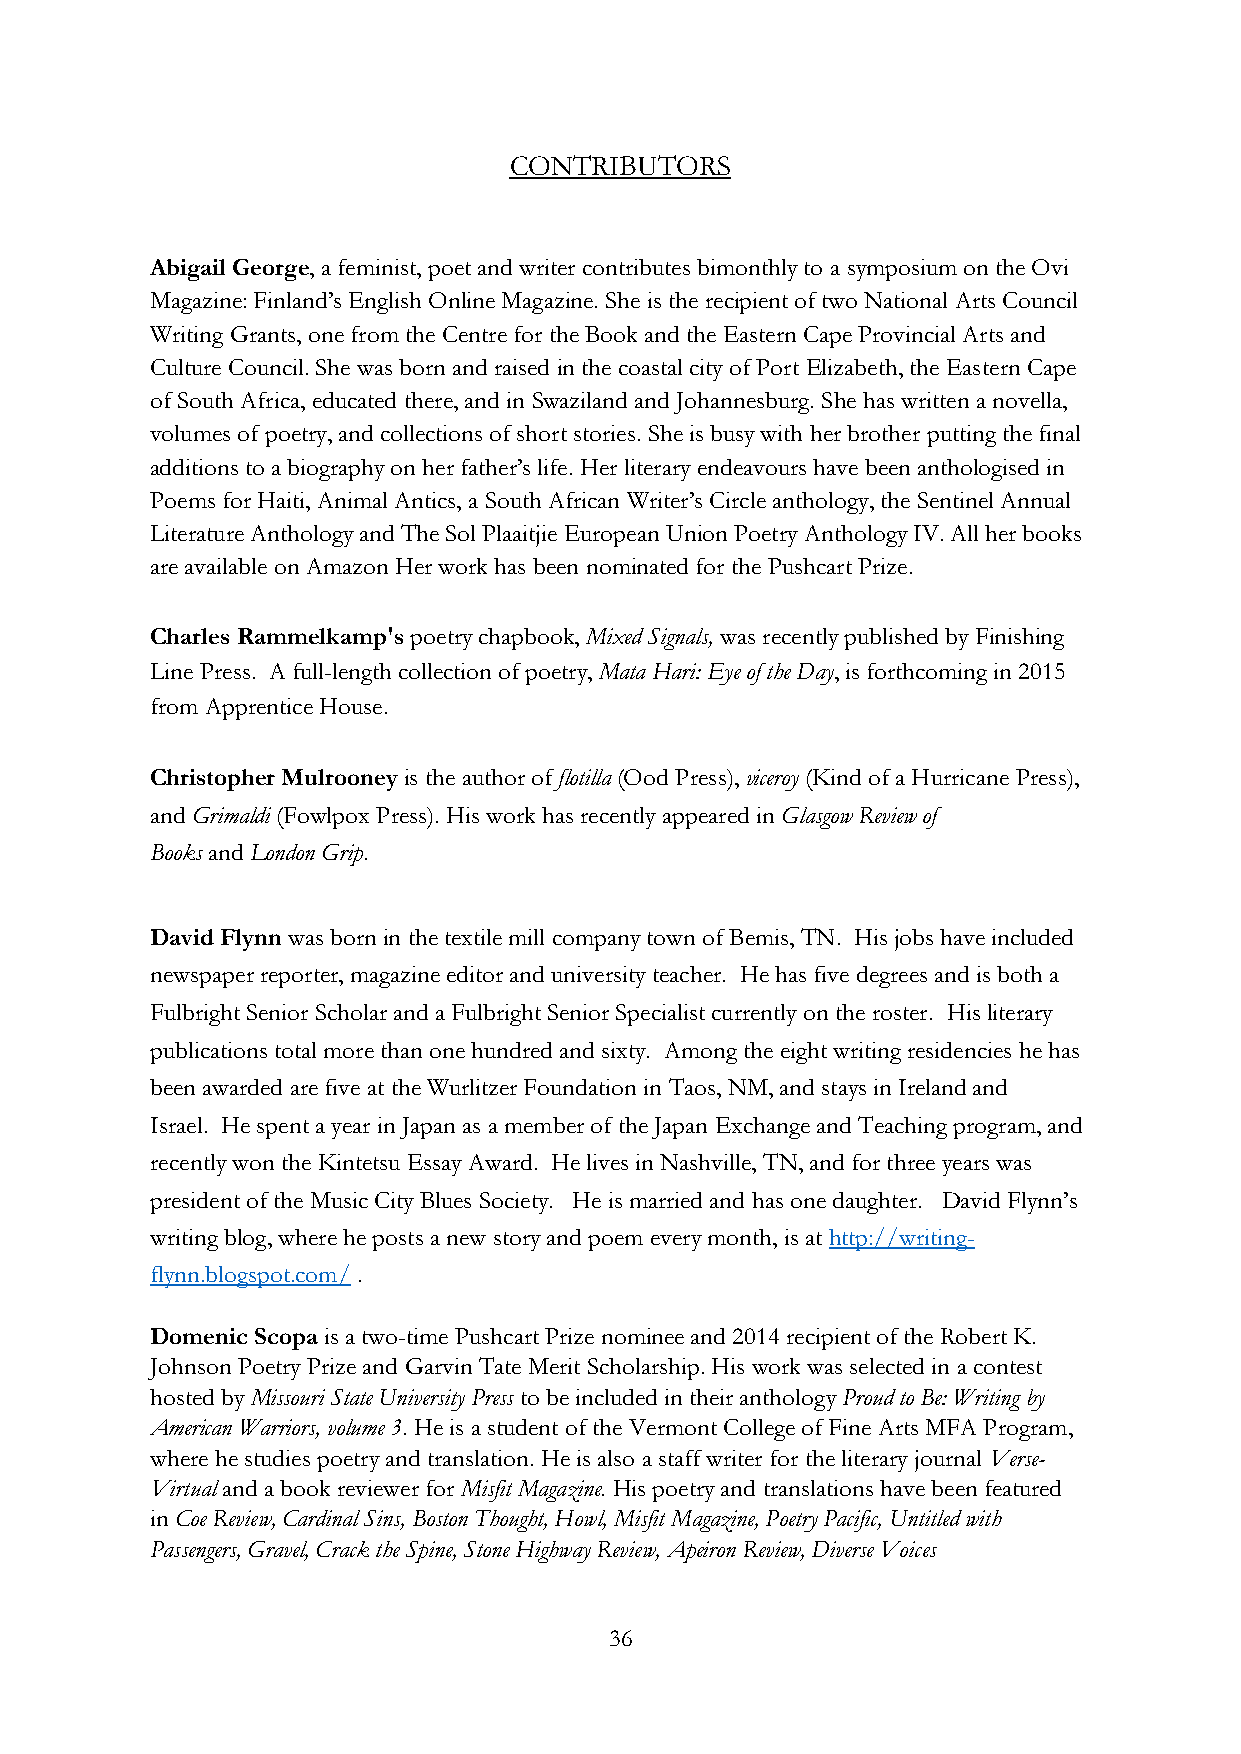
CONTRIBUTORS
 Abigail George, a feminist, poet and writer contributes bimonthly to a symposium on the Ovi
 Magazine: Finland’s English Online Magazine. She is the recipient of two National Arts Council
 Writing Grants, one from the Centre for the Book and the Eastern Cape Provincial Arts and
 Culture Council. She was born and raised in the coastal city of Port Elizabeth, the Eastern Cape
 of South Africa, educated there, and in Swaziland and Johannesburg. She has written a novella,
 volumes of poetry, and collections of short stories. She is busy with her brother putting the final
 additions to a biography on her father’s life. Her literary endeavours have been anthologised in
 Poems for Haiti, Animal Antics, a South African Writer’s Circle anthology, the Sentinel Annual
 Literature Anthology and The Sol Plaaitjie European Union Poetry Anthology IV. All her books
 are available on Amazon Her work has been nominated for the Pushcart Prize.
 Charles Rammelkamp's poetry chapbook, Mixed Signals, was recently published by Finishing
 Line Press. A full-length collection of poetry, Mata Hari: Eye of the Day, is forthcoming in 2015
 from Apprentice House.
 Christopher Mulrooney is the author of flotilla (Ood Press), viceroy (Kind of a Hurricane Press),
 and Grimaldi (Fowlpox Press). His work has recently appeared in Glasgow Review of
 Books and London Grip.
 David Flynn was born in the textile mill company town of Bemis, TN. His jobs have included
 newspaper reporter, magazine editor and university teacher. He has five degrees and is both a
 Fulbright Senior Scholar and a Fulbright Senior Specialist currently on the roster. His literary
 publications total more than one hundred and sixty. Among the eight writing residencies he has
 been awarded are five at the Wurlitzer Foundation in Taos, NM, and stays in Ireland and
 Israel. He spent a year in Japan as a member of the Japan Exchange and Teaching program, and
 recently won the Kintetsu Essay Award. He lives in Nashville, TN, and for three years was
 president of the Music City Blues Society. He is married and has one daughter. David Flynn’s
 writing blog, where he posts a new story and poem every month, is at http://writing-
 flynn.blogspot.com/ .
 Domenic Scopa is a two-time Pushcart Prize nominee and 2014 recipient of the Robert K.
 Johnson Poetry Prize and Garvin Tate Merit Scholarship. His work was selected in a contest
 hosted by Missouri State University Press to be included in their anthology Proud to Be: Writing by
 American Warriors, volume 3. He is a student of the Vermont College of Fine Arts MFA Program,
 where he studies poetry and translation. He is also a staff writer for the literary journal Verse-
 Virtual and a book reviewer for Misfit Magazine. His poetry and translations have been featured
 in Coe Review, Cardinal Sins, Boston Thought, Howl, Misfit Magazine, Poetry Pacific, Untitled with
 Passengers, Gravel, Crack the Spine, Stone Highway Review, Apeiron Review, Diverse Voices
 36